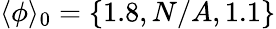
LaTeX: \langle\phi\rangle_{0}=\{ 1.8,N/A,1.1\}